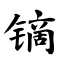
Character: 镝